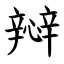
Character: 㦚